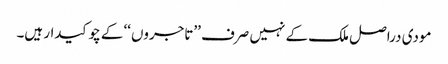
مودی دراصل ملک کے نہیں صرف ’’تاجروں‘‘ کے چوکیدار ہیں۔